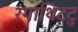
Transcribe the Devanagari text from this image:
रंगाथिटटु